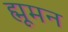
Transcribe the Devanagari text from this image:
ह्मूमन